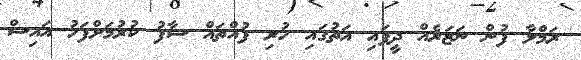
ރަމްލާ ފުން ނަޒަރެއް ދީފައި އަތުގައި ހުރި ފުއްތައް ސާފު ކުރުމަށްފަހު އައިސް